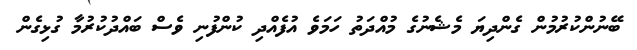
ބޭނުންކުރުމުން ގެންދިޔަ މެޝެނުގެ މުއްދަތު ހަމަވެ އުފެއްދި ކުންފުނި ވެސް ބައްދުކުރުމާ ގުޅިގެން